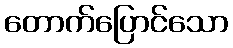
တောက်ပြောင်သော